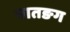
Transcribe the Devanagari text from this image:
मातङग